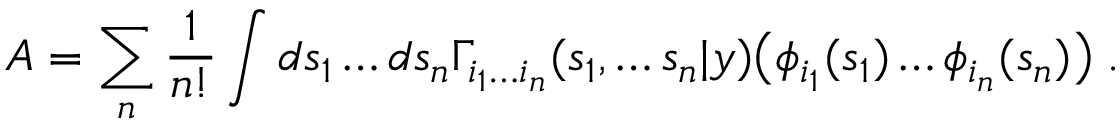
A = \sum _ { n } \frac { 1 } { n ! } \int d s _ { 1 } \ldots d s _ { n } \Gamma _ { i _ { 1 } \ldots i _ { n } } ( s _ { 1 } , \ldots s _ { n } | y ) \bigl ( \phi _ { i _ { 1 } } ( s _ { 1 } ) \ldots \phi _ { i _ { n } } ( s _ { n } ) \bigl ) \; .